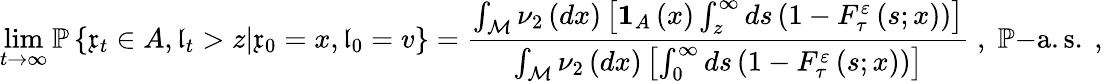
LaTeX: \operatorname*{lim}_{t\rightarrow\infty}\mathbb{P}\left\{ \mathfrak{x}_{t}\in A,\mathfrak{l}_{t}>z|\mathfrak{x}_{0}=x,\mathfrak{l}_{0}=v\right\} =\frac{\int_{\mathcal{M}}\nu_{2}\left(dx\right)\left[\mathbf{1}_{A}\left(x\right)\int_{z}^{\infty}ds\left(1-F_{\tau}^{\varepsilon}\left(s;x\right)\right)\right]}{\int_{\mathcal{M}}\nu_{2}\left(dx\right)\left[\int_{0}^{\infty}ds\left(1-F_{\tau}^{\varepsilon}\left(s;x\right)\right)\right]}\; ,\; \mathbb{P}\mathrm{-a.s.\ ,}